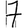
Digit: 7